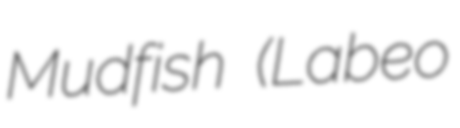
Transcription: Mudfish (Labeo